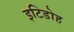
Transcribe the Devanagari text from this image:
इटिडोह